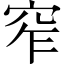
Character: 窄